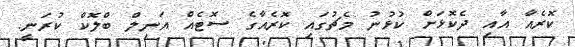
ކޮރެއާ އާއި ދެކޮޅަށް ކުޅުނު މެޗުގައި ކޮރެއާގެ ސޮޓެއް އަނިލް ބްލޮކް ކުރަނީ.